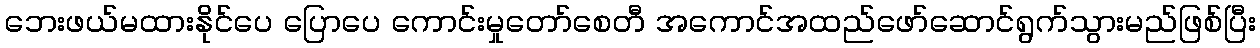
ဘေးဖယ်မထားနိုင်ပေ ပြောပေ ကောင်းမှုတော်စေတီ အကောင်အထည်ဖော်ဆောင်ရွက်သွားမည်ဖြစ်ပြီး